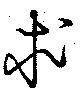
求